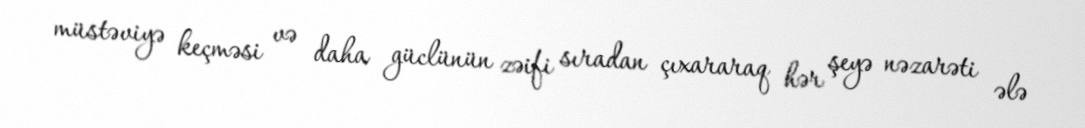
müstəviyə keçməsi və daha güclünün zəifi sıradan çıxararaq hər şeyə nəzarəti ələ